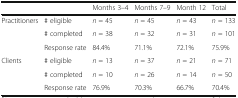
|  |  | Months 3–4 | Months 7–9 | Month 12 | Total |
 | --- | --- | --- | --- | --- | --- |
 | <ROWSPAN=3> Practitioners | # eligible | n = 45 | n = 45 | n = 43 | n = 133 |
 | # completed | n = 38 | n = 32 | n = 31 | n = 101 |
 | Response rate | 84.4% | 71.1% | 72.1% | 75.9% |
 | <ROWSPAN=3> Clients | # eligible | n = 13 | n = 37 | n = 21 | n = 71 |
 | # completed | n = 10 | n = 26 | n = 14 | n = 50 |
 | Response rate | 76.9% | 70.3% | 66.7% | 70.4% |